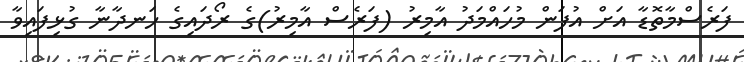
ފަރެސްމާތޮޑާ އަށް އުފަން މުހައްމަދު އާމިރު (ފަރެސް އާމިރު)ގެ ރޯދައިގެ ހަނދާނާ ގުޅިފައިވާ